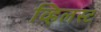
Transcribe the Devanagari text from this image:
व्हिलस्ट